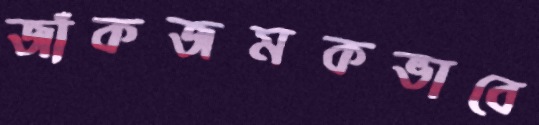
জাঁকজমকভাবে